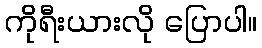
ကိုရီးယားလို ပြောပါ။